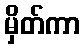
မှိတ်ကာ